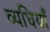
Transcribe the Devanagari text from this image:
व्यधियाँ